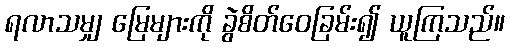
ရလာသမျှ မြေများကို ခွဲစိတ်ဝေခြမ်း၍ ယူကြသည်။